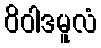
ဝိဝါဒမူလံ